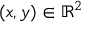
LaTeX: ( x , y ) \in \mathbb { R } ^ { 2 }